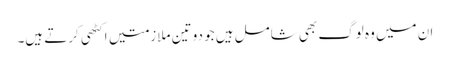
ان میں وہ لوگ بھی شامل ہیں جو دو تین ملازمتیں اکٹھی کرتے ہیں۔